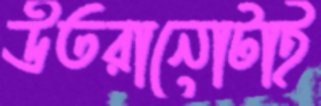
উতরানোটাই